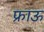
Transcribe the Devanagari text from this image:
फ्राऊ